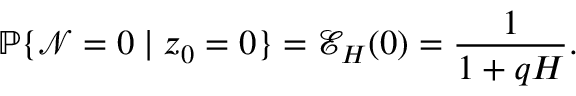
\mathbb { P } \{ \mathcal { N } = 0 \mid z _ { 0 } = 0 \} = \mathcal { E } _ { H } ( 0 ) = \frac { 1 } { 1 + q H } .